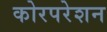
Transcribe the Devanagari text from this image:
कोरपरेशन